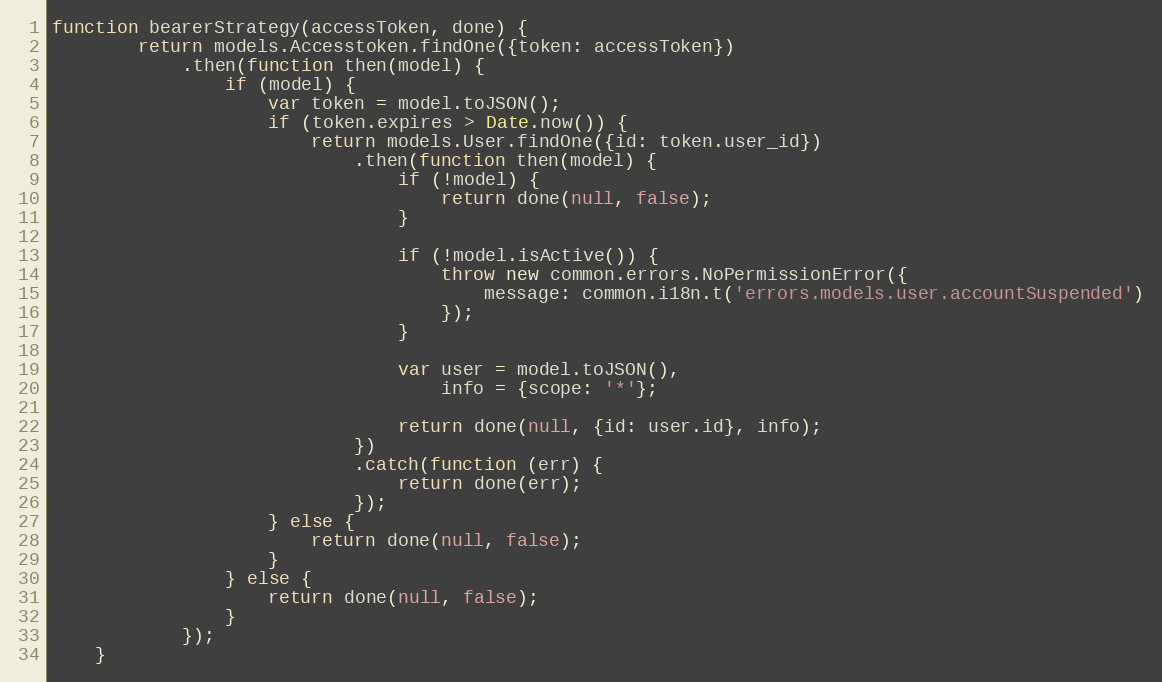
Language: JavaScript
function bearerStrategy(accessToken, done) {
        return models.Accesstoken.findOne({token: accessToken})
            .then(function then(model) {
                if (model) {
                    var token = model.toJSON();
                    if (token.expires > Date.now()) {
                        return models.User.findOne({id: token.user_id})
                            .then(function then(model) {
                                if (!model) {
                                    return done(null, false);
                                }

                                if (!model.isActive()) {
                                    throw new common.errors.NoPermissionError({
                                        message: common.i18n.t('errors.models.user.accountSuspended')
                                    });
                                }

                                var user = model.toJSON(),
                                    info = {scope: '*'};

                                return done(null, {id: user.id}, info);
                            })
                            .catch(function (err) {
                                return done(err);
                            });
                    } else {
                        return done(null, false);
                    }
                } else {
                    return done(null, false);
                }
            });
    }